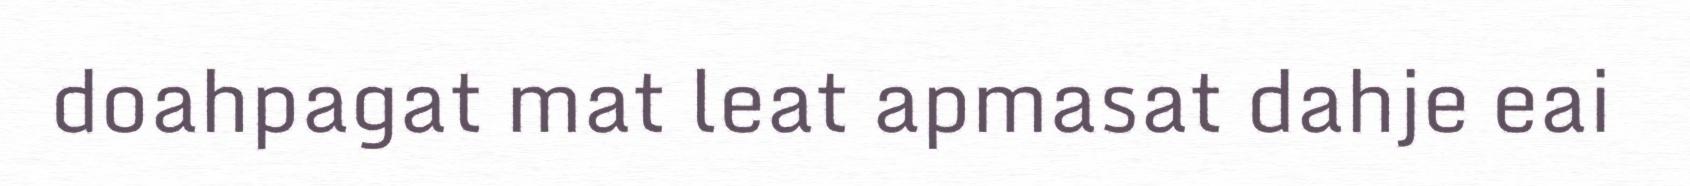
doahpagat mat leat apmasat dahje eai